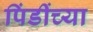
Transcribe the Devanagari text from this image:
पिंडींच्या